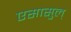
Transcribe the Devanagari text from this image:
एसासुल्